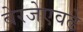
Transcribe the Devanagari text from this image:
बेरजेएवढे